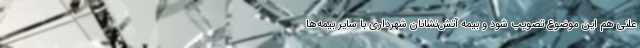
علنی هم این موضوع تصویب شود و بیمه آتش‌نشانان شهرداری با سایر بیمه‌ها